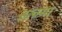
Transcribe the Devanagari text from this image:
इत्क्या